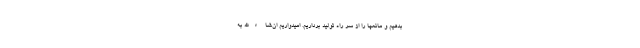
بدهیم و مانعها را از سر راه تولید برداریم. امیدواریم ان‌شاءالله به